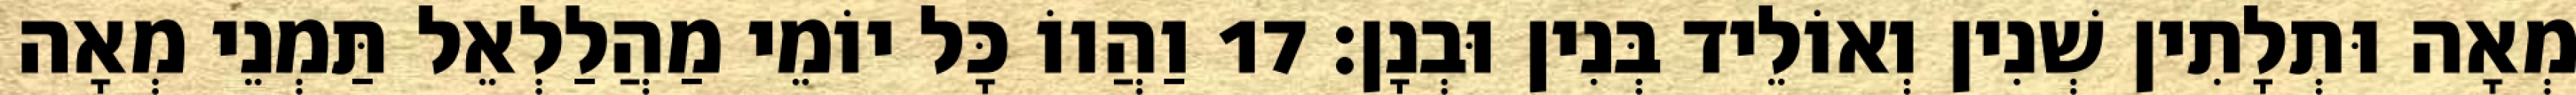
מְאָה וּתְלָתִין שְׁנִין וְאוֹלֵיד בְּנִין וּבְנָן׃ 17 וַהֲווֹ כָּל יוֹמֵי מַהֲלַלְאֵל תַּמְנֵי מְאָה